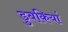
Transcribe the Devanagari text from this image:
डुबकियां